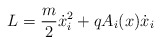
\begin{align*}L=\frac{m}{2}\dot x_i^2+qA_i(x)\dot x_i\end{align*}